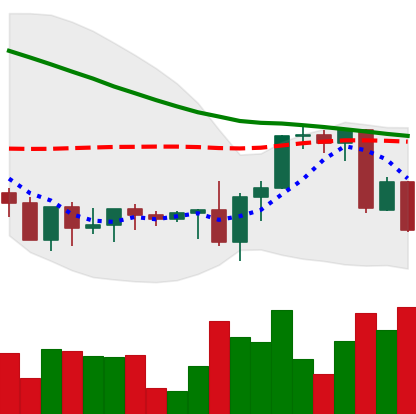
Ticker: XRP-USD
Chart end date: 2022-09-15
Forward return: 27.226%
Label: up_7plus